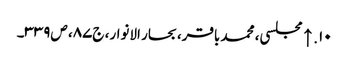
۱۰. ↑ مجلسی، محمد باقر، بحار الانوار، ج‌۸۷، ص‌۳۳۹۔